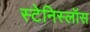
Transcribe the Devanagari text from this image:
स्टेनिस्लॉस